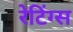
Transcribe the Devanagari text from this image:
रेटिंग्‍स